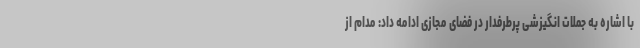
با اشاره به جملات انگیزشی پرطرفدار در فضای مجازی ادامه داد: مدام از